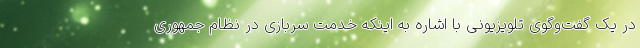
در یک گفت‌وگوی تلویزیونی با اشاره به اینکه خدمت سربازی در نظام جمهوری